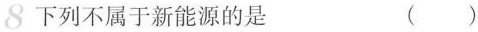
8下列不属于新能源的是 ( )